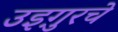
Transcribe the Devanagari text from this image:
उइग़ुरचे